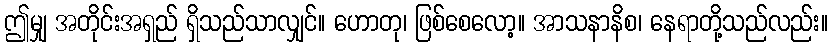
ဤမျှ အတိုင်းအရှည် ရှိသည်သာလျှင်။ ဟောတု၊ ဖြစ်စေလော့။ အာသနာနိစ၊ နေရာတို့သည်လည်း။